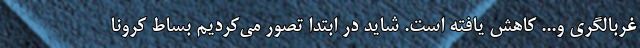
غربالگری و... کاهش یافته است. شاید در ابتدا تصور می‌کردیم بساط کرونا